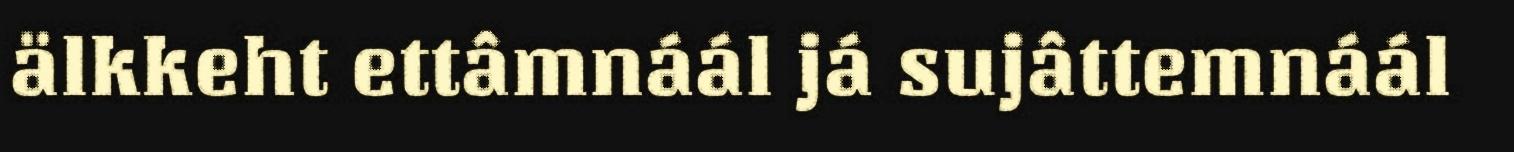
älkkeht ettâmnáál já sujâttemnáál